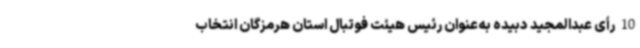
10رأی عبدالمجید دبیده به‌عنوان رئیس هیئت فوتبال استان هرمزگان انتخاب